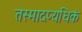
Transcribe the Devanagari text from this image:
तस्मादप्यधिकं